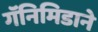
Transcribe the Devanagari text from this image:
गॅनिमिडाने